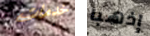
خدمات إذهبا